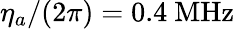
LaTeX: \eta_{a}/(2\pi)=0.4~\mathrm{MHz}